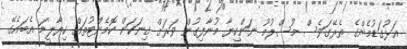
އަޅުގަޑުމެންގެ ތެރޭގަވެސް މުސްލުމު ނަންކިޔާ މުނާފިގުން ވަރަށް ގިނަކަން ކޮމެންޓުތައް ކިޔާލީމަ އެބައެގޭ